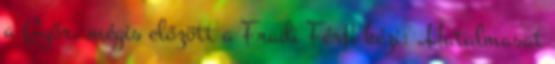
a Győr, mégis előzött a Fradi Férfi kézi: „Hatalmasat